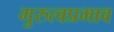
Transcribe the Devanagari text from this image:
गुरुत्वप्रभाव